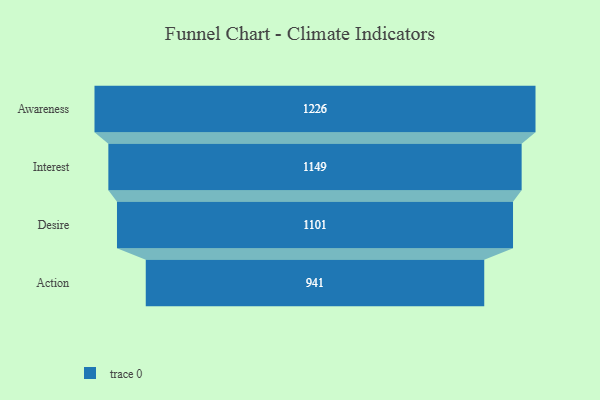
{"axis": {"x": "Stage", "y": "Value"}, "legend": [""], "data": [{"x": "Awareness", "y": 1226.0, "type": ""}, {"x": "Interest", "y": 1149.0, "type": ""}, {"x": "Desire", "y": 1101.0, "type": ""}, {"x": "Action", "y": 941.0, "type": ""}]}